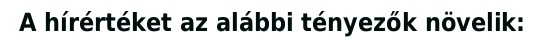
A hírértéket az alábbi tényezők növelik: